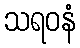
သရဝနံ